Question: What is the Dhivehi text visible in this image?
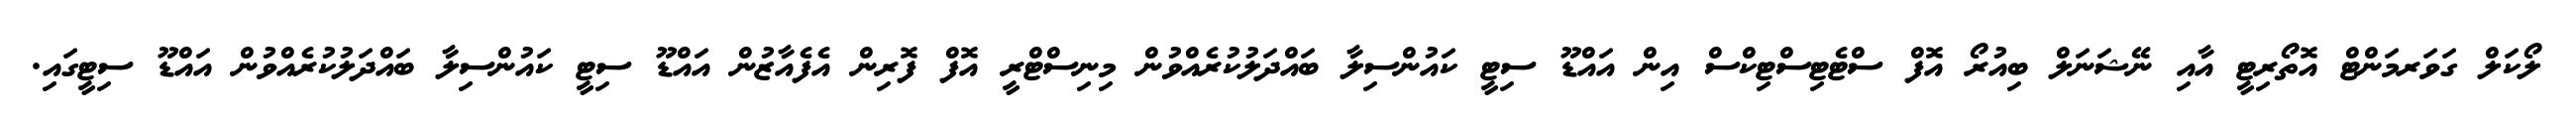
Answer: ލޯކަލް ގަވަރމަންޓް އޮތޯރިޓީ އާއި ނޭޝަނަލް ބިއުރޯ އޮފް ސްޓެޓިސްޓިކްސް އިން އައްޑޫ ސިޓީ ކައުންސިލާ ބައްދަލުކުރެއްވުން މިނިސްޓްރީ އޮފް ފޮރިން އެފެއާޒުން އައްޑޫ ސިޓީ ކައުންސިލާ ބައްދަލުކުރެއްވުން އައްޑޫ ސިޓީގައި.